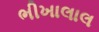
ભીખાલાલ